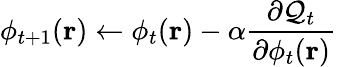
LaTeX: \phi_{t+1}(\textbf{r})\leftarrow\phi_{t}(\textbf{r})-\alpha\frac{\partial\mathcal{Q}_{t}}{\partial\phi_{t}(\textbf{r})}